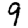
Digit: 9